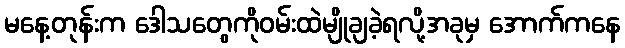
မနေ့တုန်းက ဒေါသတွေကိုဝမ်းထဲမျိုချခဲ့ရလို့အခုမှ အောက်ကနေ